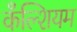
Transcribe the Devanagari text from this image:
कँल्शियम